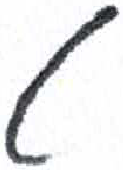
אות: ט